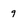
Character: 9